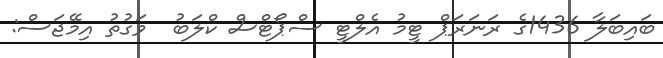
ބައިބަލާ 1436ގެ ރަނަރަޕް ޓީމު އެލްޓީ ސްޕޯޓްސް ކްލަބު  ވަގުތު އިމޭޖަސް: